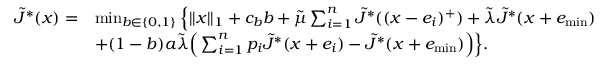
\begin{array} { r l } { \tilde { J } ^ { * } ( x ) = } & { \operatorname* { m i n } _ { b \in \{ 0 , 1 \} } \Big \{ | | x | | _ { 1 } + c _ { b } b + \tilde { \mu } \sum _ { i = 1 } ^ { n } \tilde { J } ^ { * } ( ( x - e _ { i } ) ^ { + } ) + \tilde { \lambda } \tilde { J } ^ { * } ( x + e _ { \operatorname* { m i n } } ) } \\ & { + ( 1 - b ) a \tilde { \lambda } \Big ( \sum _ { i = 1 } ^ { n } p _ { i } \tilde { J } ^ { * } ( x + e _ { i } ) - \tilde { J } ^ { * } ( x + e _ { \operatorname* { m i n } } ) \Big ) \Big \} . } \end{array}